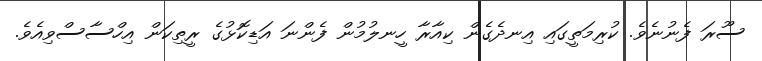
ސޫރަ ފެނުނެވެ. ކުރިމަތީގައި އިނދެގެން ކިއާރާ ހީނލުމުން ފެންނަ އަޑިކޮޅުގެ ރީތިކަން އިހްސާސްވިއެވެ.